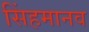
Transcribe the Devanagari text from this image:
सिंहमानव